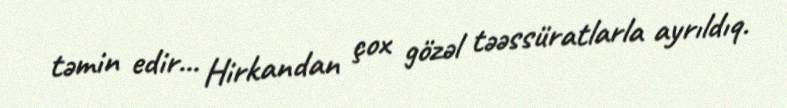
təmin edir... Hirkandan çox gözəl təəssüratlarla ayrıldıq.